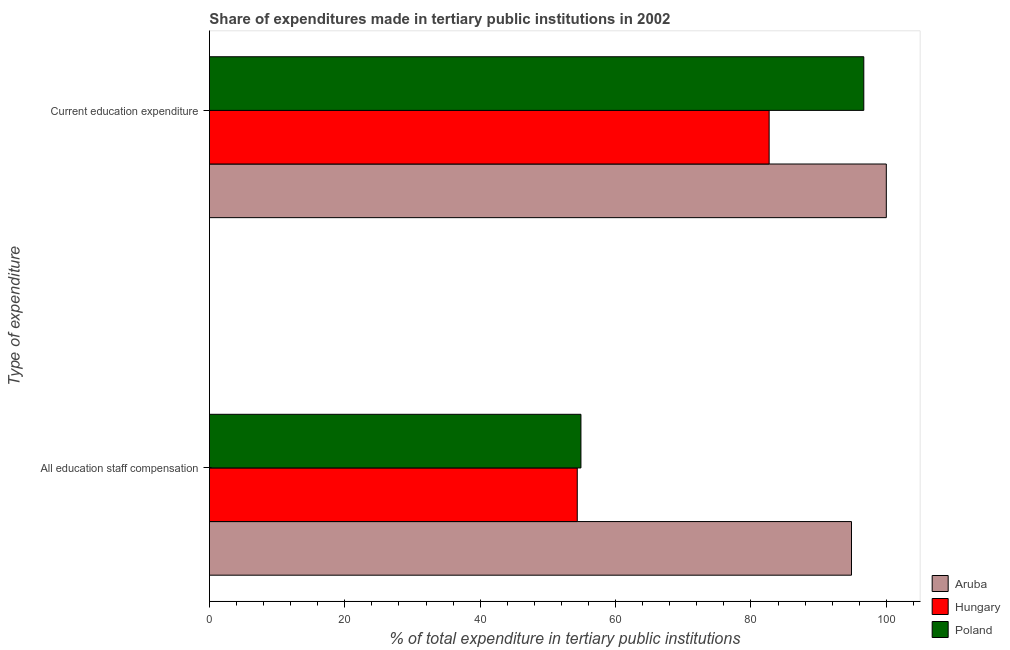
| Type of expenditure | Aruba | Hungary | Poland |
 | --- | --- | --- | --- |
 | All education staff compensation | 94.9 | 54.3 | 54.9 |
 | Current education expenditure | 100 | 82.7 | 96.7 |